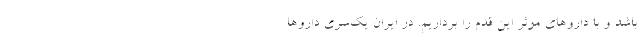
باشد و با داروهای موثر این قدم را برداریم. در ایران یک‌سری داروها